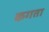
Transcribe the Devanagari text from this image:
कगता